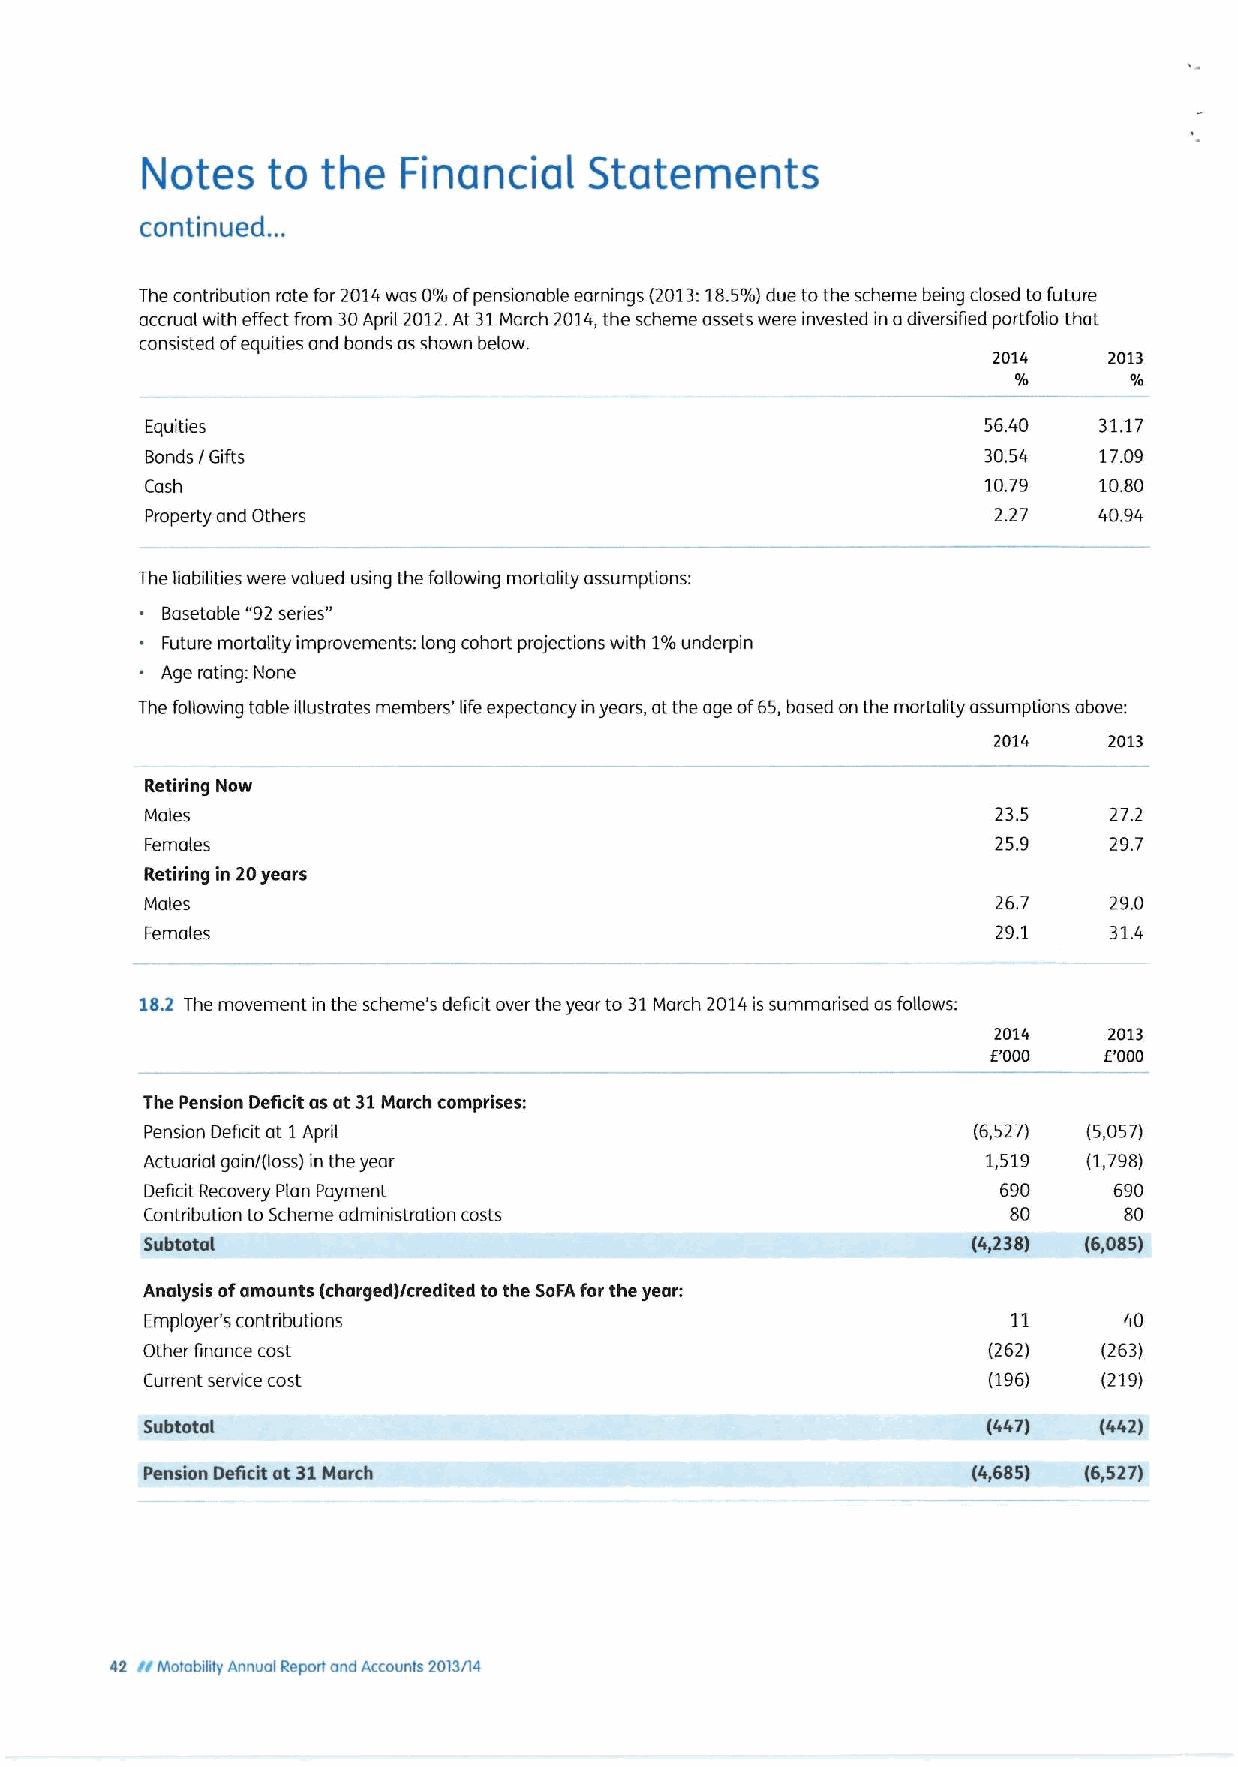
Notes    to the   Financial   Statements
 continued. ..
 The contribution rate for 2014was 0%ofpensionable earnings (2013:18.5%)due tothe scheme being closed tofuture
 accrual with effect from 30Apdil 2012.At 31March 2014,the scheme assets were invested in adiversified portfolio that
 consisted ofequities and bonds as shown below.
 2014   2013
 Equities                                               56.40   31.17
 Bonds / Gifts                                          30.54   17.09
 Cash                                                   10.79   10.80
 Property and Others                                     2.27   40.94
 The liabilities were valued using the following mortality assumptions:
 Basetable "92series"
 Future mortality improvements: long cohort projections with 1%underpin
 Age rating: None
 The following table illustrates members' life expectancy inyears, at the age of65,based on the mortality assumptions above:
 2014   2013
 Retiring Now
 Males                                                   23.5   27.2
 Females                                                 25.9   29.7
 Retiring in 20years
 Males                                                   26.7   29.0
 Females                                                 29.1   3'1.4
 182 The movement in the scheme's deficit over the year to 31March 2014is summarised as follows:
 2014   2013
 6'000  E'000
 The Pension Deficit as at 31March comprises:
 Pension Deficit at 1April                             (6,527) (5,057)
 Actuarial gain/(loss) in the year                      1,519  (1,798)
 Deficit Recovery Plan Payment                           690     690
 Contribution to Scheme administration costs              80     80
 Subtotal                                              (4,238) (6,085)
 Analysis ofamounts (charged)/credited tothe SoFAfor the year:
 Employer's contributions                                 11     40
 Other finance cost                                      (262)   (263)
 Current service cost                                   (196)   (219)
 Subtotal                                                (447)   (442)
 Pension Deficit at31March                              (4,685) (6,527)
 42 rr Motabililr Annual Report and Accounts 2013/14